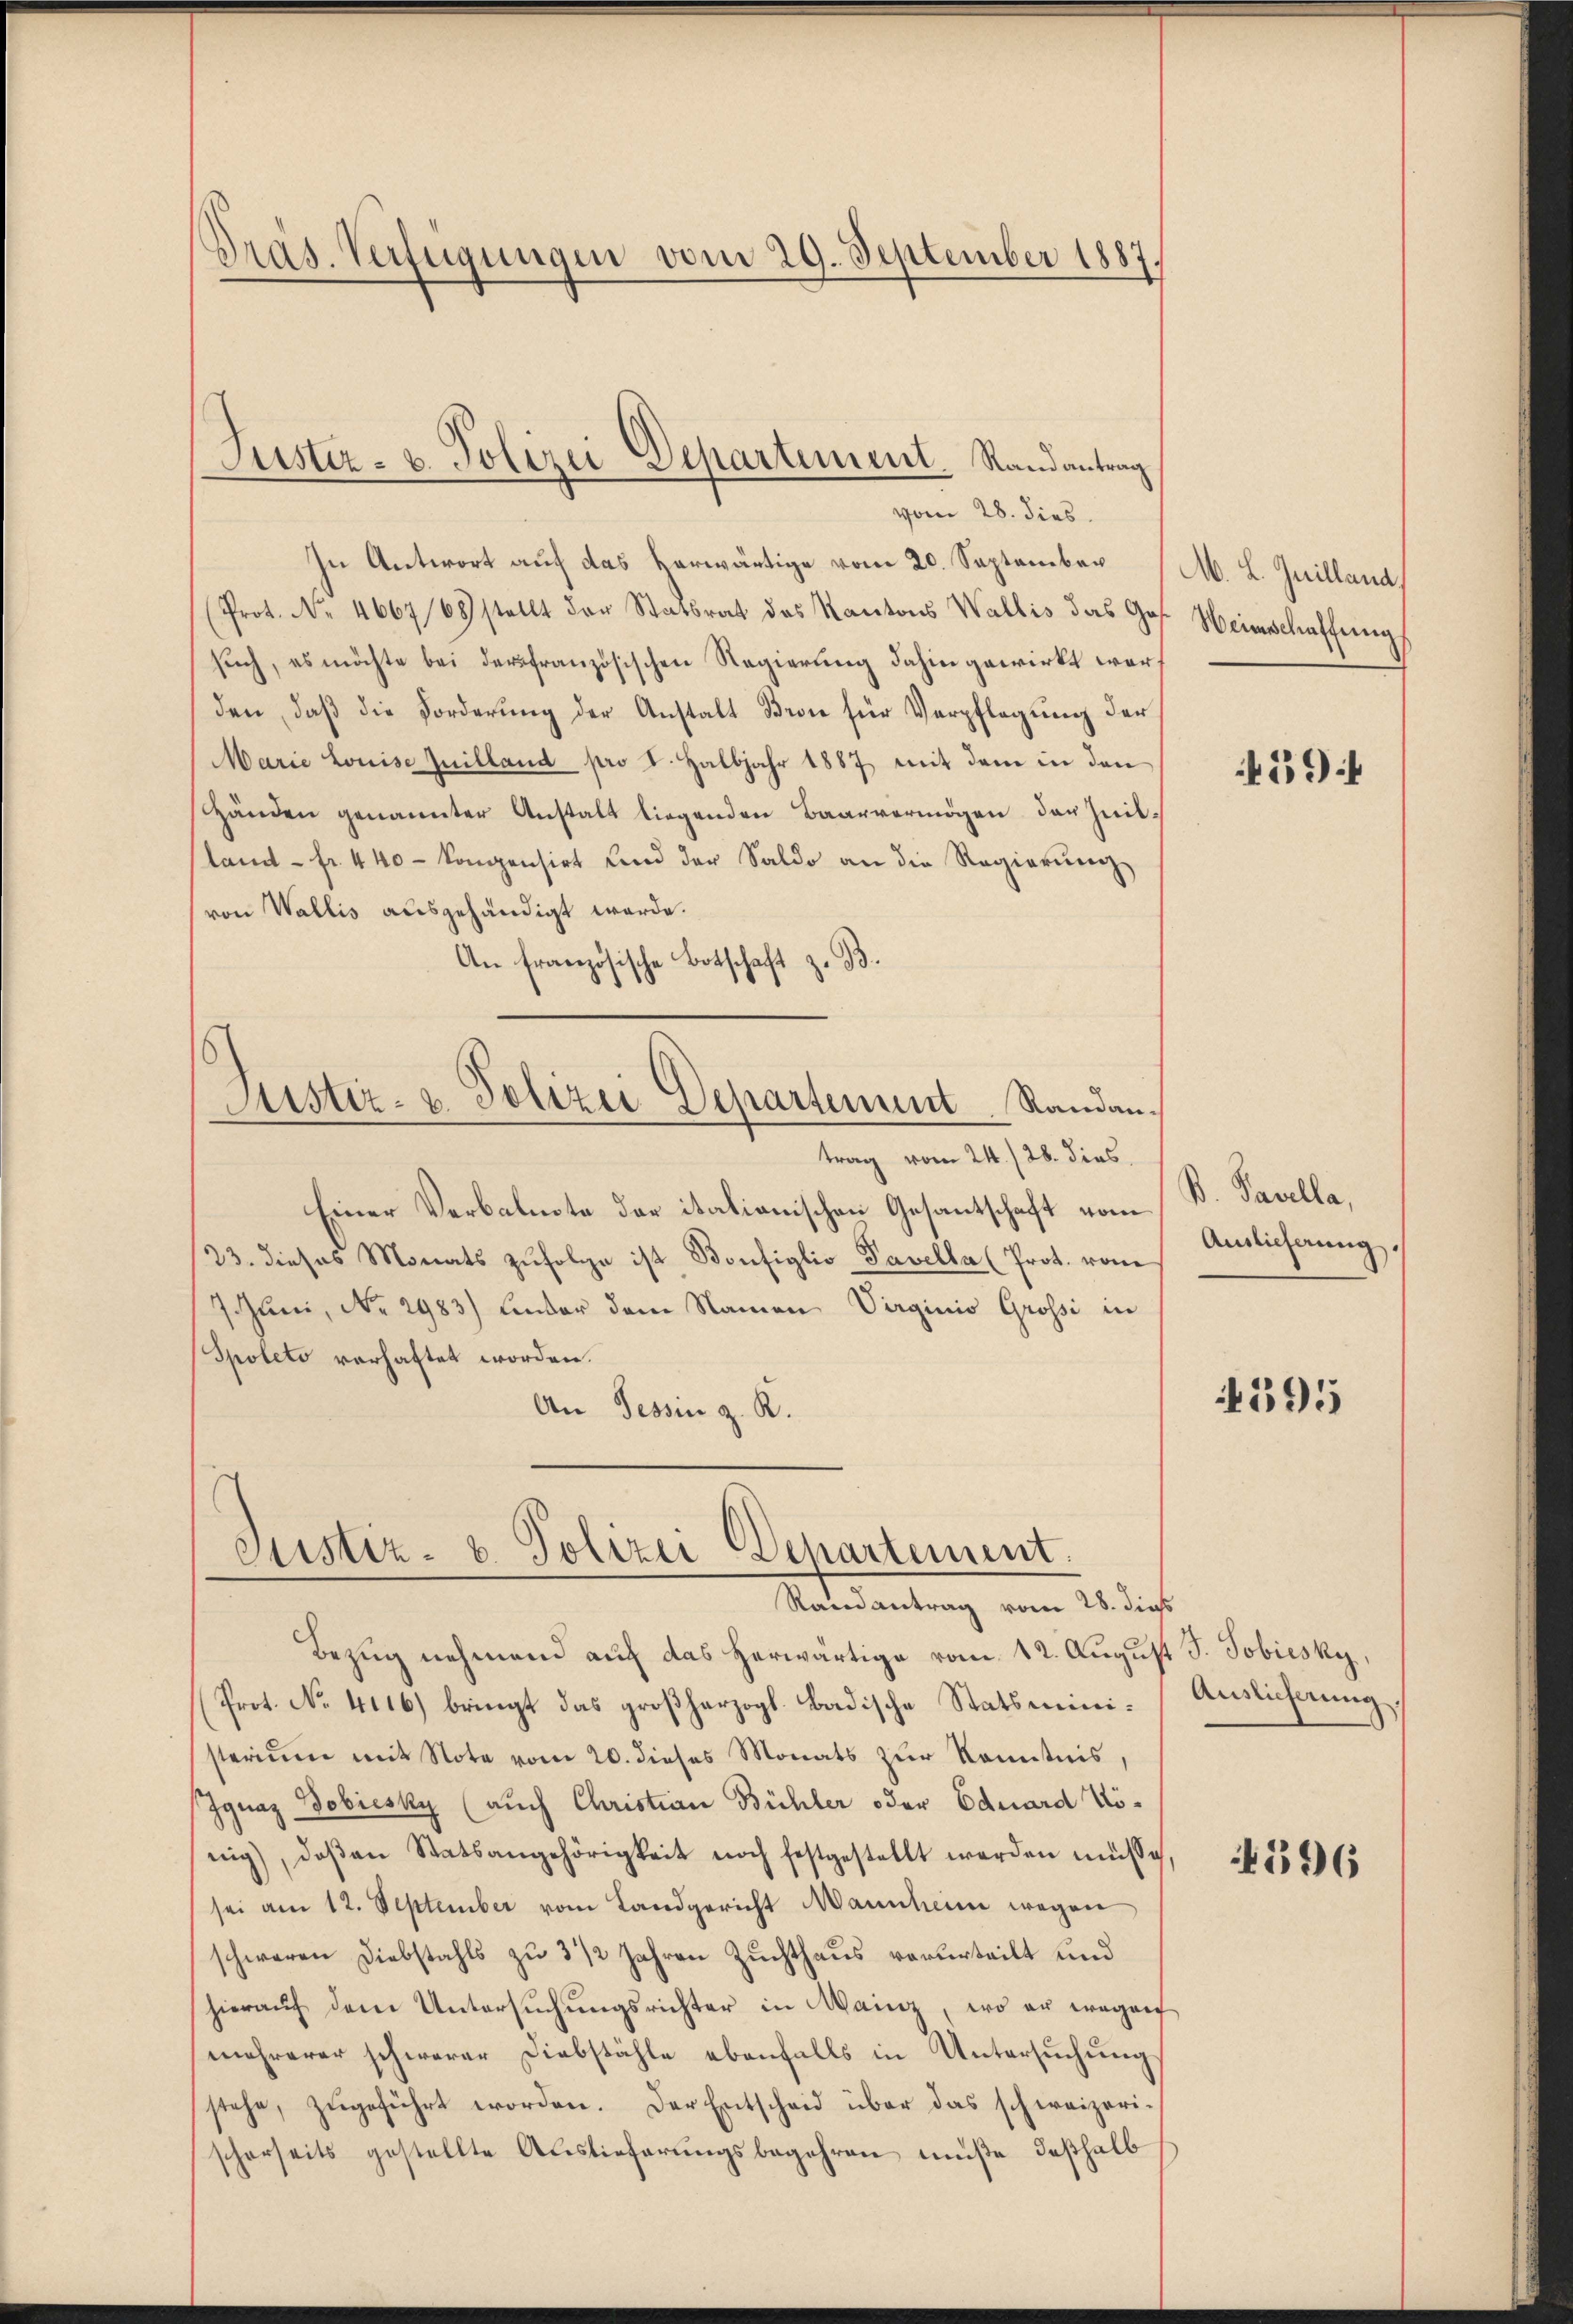
Präs. Verfügungen vom 29. September 1887.

Suster- u. Polizei Departement. Randantrag

vom 28. dies.
In Antwort auf das vorwärtige vom 20. September
(Prot. No. 4667/68 stellt der Statsrat des Kantons Wallis das Gos. Heinschaffung
such, es möchte bei der französischen Regierung dahin gewirkt worden, daß die Forderung der Anstalt Bron für Verpflegung der
Marie Louise Guilland pro I. Halbjahr 1887 mit dem in den
Händen genannter Anstalt liegenden Baarvermögen der Zeitland - fr. 440 kompensirt und der Saldo an die Regierŭng
von Wallis ausgehändigt werde.
An Französische Botschaft z. B.
Justiz- & Polizei Departement Randantrag vom 24./28. dies
Einer Verbalnote der italianischen Gesantschaft vom K. Tavella,
23. dieses Monats zŭfolge ist Bonfiglio Pavella (Prot. von
7. Juni, No. 2983) Ender dem Namen Virginio Grossi in
Spoleto verhaftet worden.
An Tessin z. R.

Justiz- u. Polizei Departement.
Randantrag vom 28. dies

Bezug nehmend auf das herwärtige vom 12. August J. Tobiesky,
Prot. No 4116) bringt das großherzogl. Badische Statsministerium mit Note vom 20. dieses Monats zur Kenntnis,
Ignaz Dobiesky (auch Christian Bühler oder Eduard König), daβ an Statsangehörigkeit noch festgestellt werden müsse,
sei am 12. September vom Landgericht Mannheim wegen
schweren Diebstahls zu 3 1/2 Jahren Zuchthaus verurteilt und
hieraŭf dem Untersŭchŭngsrichter in Mainz, wo er wegen
mehrerer schwerer Diebstähle ebenfalls in Untersuchung
stehe, zugeführt worden. Der Entscheid über das schweizerischerseits gestellte Auslieferŭngsbegehren müße deßhalb

M. L. Juilland

59

Amlicherung

4395

Auslicherung.

596